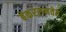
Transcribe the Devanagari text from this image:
बेकरसमवेत